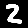
Digit: 2